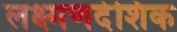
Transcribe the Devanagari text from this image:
लक्ष्मणदेशिक